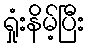
ရှုံးနိမ့်ပြီး